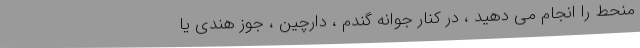
منحط را انجام می دهید ، در کنار جوانه گندم ، دارچین ، جوز هندی یا